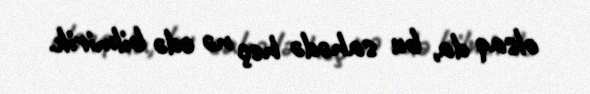
olsaq da, bu sahədə heç nə edə bilmirik.